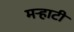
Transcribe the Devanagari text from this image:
मर्‍हाटी